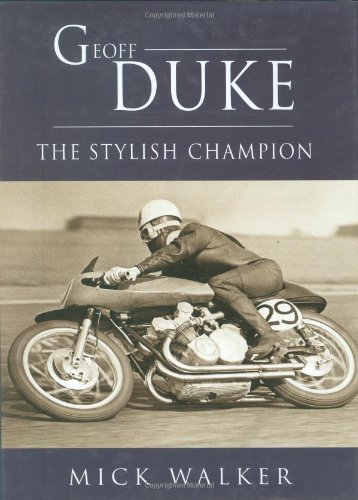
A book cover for Geoff Duke: The Stylish Champion; Mick Walker; Engineering & Transportation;